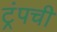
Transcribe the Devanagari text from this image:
ट्रंपची